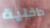
داخلية